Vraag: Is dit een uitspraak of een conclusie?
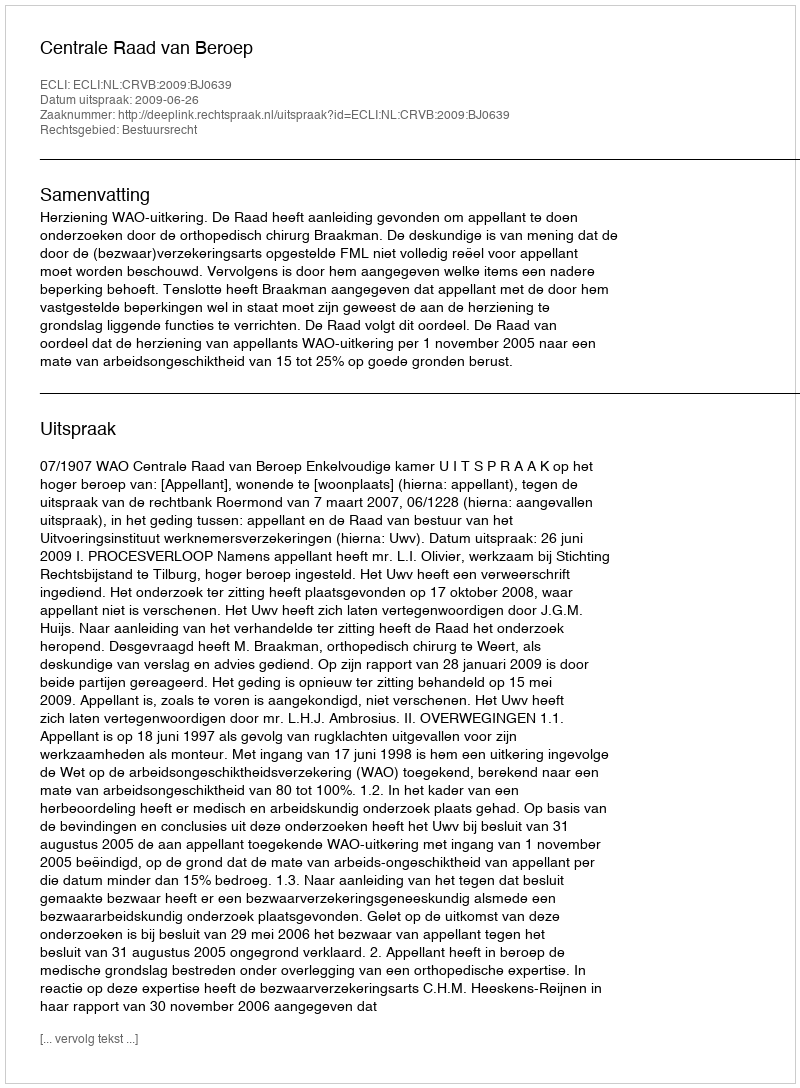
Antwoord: Uitspraak